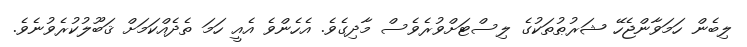
ލިބެން ހަމަވާންޖެހޭ ޝަރުޠުތަކުގެ ލިސްޓަށްވުރެވެސް މާދިގެވެ. އެހެންވެ އެއީ ހަމަ ތެދެއްކަމަށް ޤަބޫލުކުރެވުނެވެ.